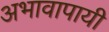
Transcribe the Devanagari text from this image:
अभावापायी